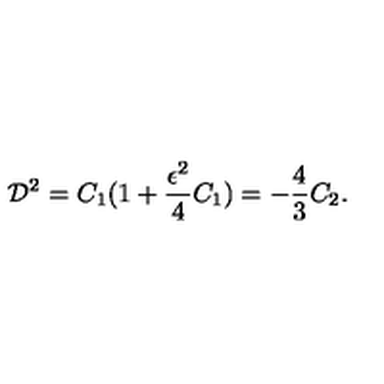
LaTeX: { \cal D } ^ { 2 } = C _ { 1 } ( 1 + \frac { \epsilon ^ { 2 } } { 4 } C _ { 1 } ) = - \frac { 4 } { 3 } C _ { 2 } .